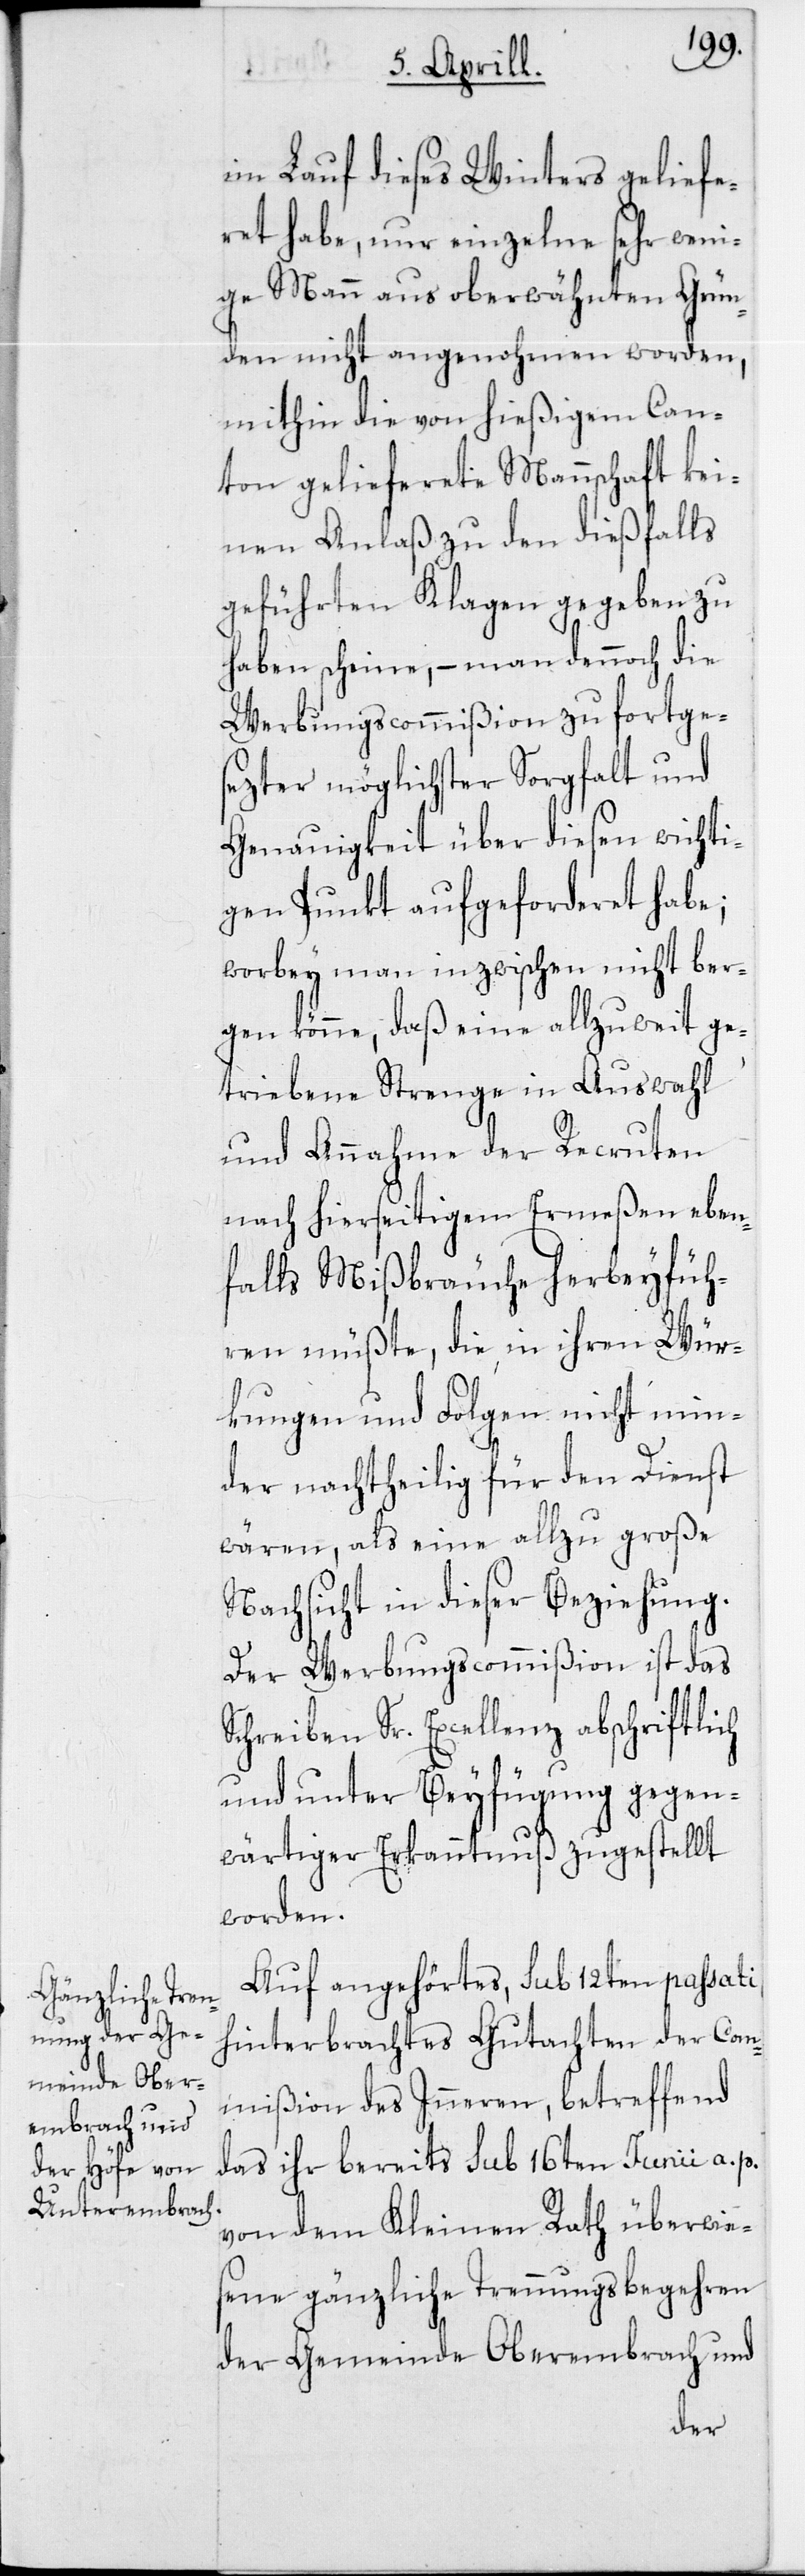
im Lauf dieses Winters geliefe¬
ret habe, nur einzelne sehr weni¬
ge Mann aus oberwähnten Grün¬
den nicht angenohmen worden,
mithin die von hießigem Can¬
ton gelieferete Mannschaft kei¬
nen Anlaß zu den dießfalls
geführten Klagen gegeben zu
haben scheine, – man dennoch die
Werbungscommißion zu fortge¬
sezter möglichster Sorgfalt und
Genauigkeit über diesen wichti¬
gen Punkt aufgeforderet habe;
worbey man inzwischen nicht ber¬
gen könne, daß eine allzu weit ge¬
triebene Strenge in Auswahl
und Annahme der Recruten
nach hierseitigem Ermeßen eben¬
falls Mißbräuche herbeyfüh¬
ren müßte, die in ihren Wür¬
kungen und Folgen nicht min¬
der nachtheilig für den Dienst
wären, als eine allzu große
Nachsicht in dieser Beziehung.
Der Werbungscommißion ist das
Schreiben Sr. Excellenz abschriftlich
und unter Beyfügung gegen¬
wärtiger Erkanntnuß zugestellt
worden.
Auf angehörtes, sub 12ten passati
hinterbrachtes Gutachten der Com¬
mißion des Inneren, betreffend
das ihr bereits sub 16ten Junii a. p.
von dem Kleinen Rath überwie¬
sene gänzliche Trennungsbegehren
der Gemeinde Oberembrach und